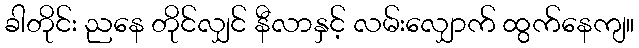
ခါတိုင်း ညနေ တိုင်လျှင် နီလာနှင့် လမ်းလျှောက် ထွက်နေကျ။